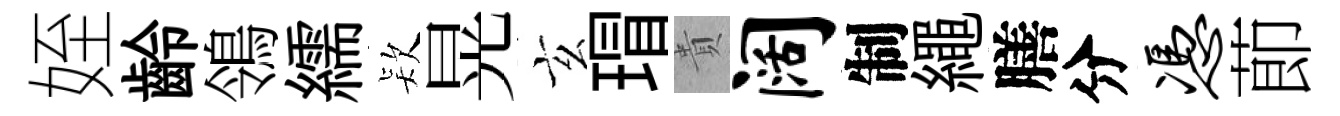
姪齡鴒繻𣣇晃玄瑁貴阔制繩膳分凭莭